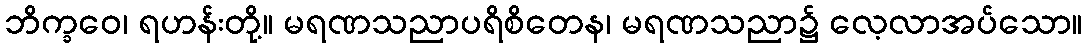
ဘိက္ခဝေ၊ ရဟန်းတို့။ မရဏသညာပရိစိတေန၊ မရဏသညာ၌ လေ့လာအပ်သော။